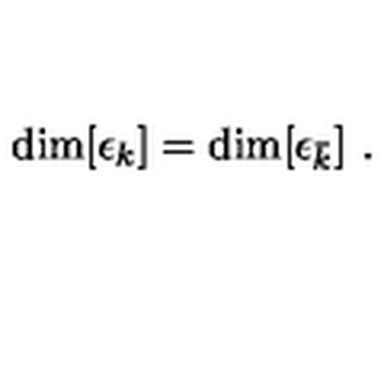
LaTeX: \mathrm { d i m } [ \epsilon _ { k } ] = \mathrm { d i m } [ \epsilon _ { \bar { k } } ] \ .